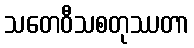
သတေဝီသစတုဿတာ